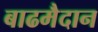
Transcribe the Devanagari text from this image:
बाढमैदान